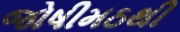
જોષીમઠથી